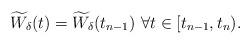
LaTeX: \begin{align*}\widetilde{W}_\delta(t)=\widetilde{W}_\delta(t_{n-1}) \ \forall t \in [t_{n-1},t_n).\end{align*}